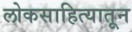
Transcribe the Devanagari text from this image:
लोकसाहित्यातून